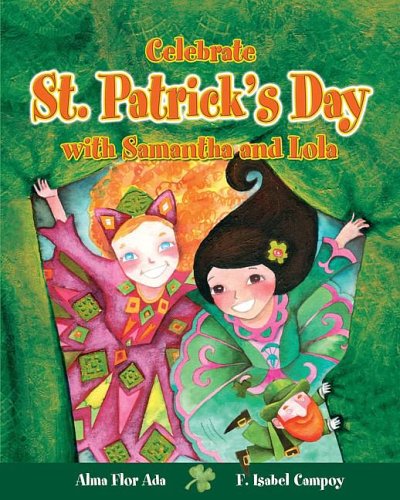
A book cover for Celebrate St. Patrick's Day with Samantha and Lola (Stories to Celebrate); Alma Flor Ada; Children's Books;